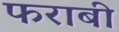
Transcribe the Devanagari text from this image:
फराबी